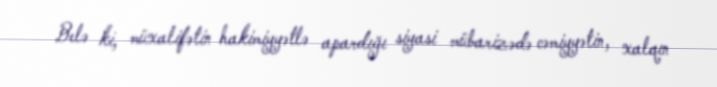
Belə ki, müxalifətin hakimiyyətlə apardığı siyasi mübarizədə cəmiyyətin, xalqın